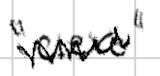
Text: "Cleve"
Cross-out: zig-zag
Writing tool: digital_black